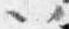
以